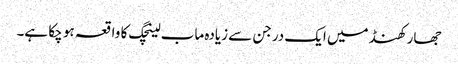
جھارکھنڈ میں ایک درجن سے زیادہ ماب لینچگ کا واقعہ ہو چکا ہے۔